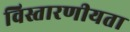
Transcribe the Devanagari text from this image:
विस्तारणीयता